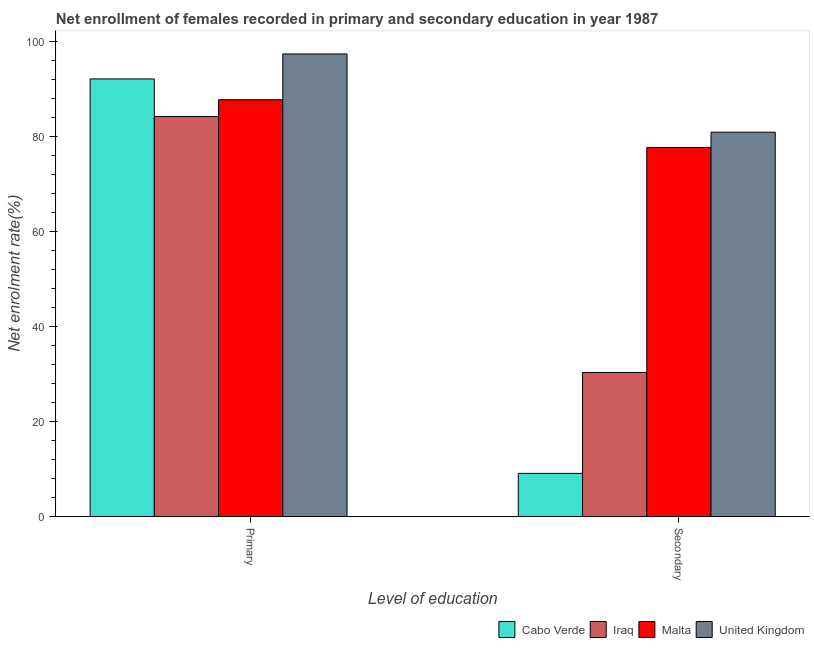
| Level of education | Cabo Verde | Iraq | Malta | United Kingdom |
 | --- | --- | --- | --- | --- |
 | Primary | 92.2 | 84.3 | 87.8 | 97.4 |
 | Secondary | 9.08 | 30.3 | 77.7 | 81 |